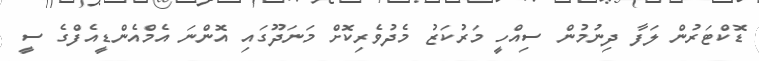
ޑޮކްޓަރުން ލަފާ ދިނުމުން ސިއްހީ މަރުކަޒު މެދުވެރިކޮށް މަނަދޫގައި އޮންނަ އެމްއެންޑީއެފްގެ ސީ